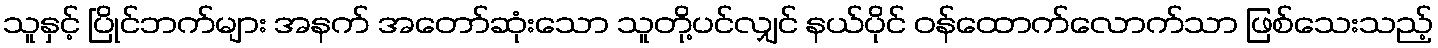
သူနှင့် ပြိုင်ဘက်များ အနက် အတော်ဆုံးသော သူတို့ပင်လျှင် နယ်ပိုင် ဝန်ထောက်လောက်သာ ဖြစ်သေးသည့်